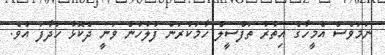
ނަމަވެސް އެމީހާގެ އިތުރު ތަފްސީލް ހާމަކުރަން ފުލުހުން ވަނީ ދެކޮޅު ހަދާފަ އެވެ.